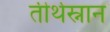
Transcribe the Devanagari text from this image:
तीर्थस्नान